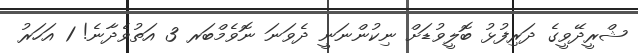
ޝްރީދޭވީގެ ދަރިފުޅު ބޮލީވުޑަށް ނިކުންނަނީ ދެވަނަ ނޮވެމްބަރ 3 އަތުވެދާނެ! 1 އަހަރު